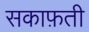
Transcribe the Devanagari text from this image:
सकाफ़ती